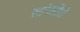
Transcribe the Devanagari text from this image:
सांगतिले